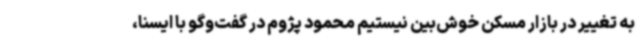
به تغییر در بازار مسکن خوش‌بین نیستیم محمود پژوم در گفت‌وگو با ایسنا،